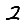
Digit: 2